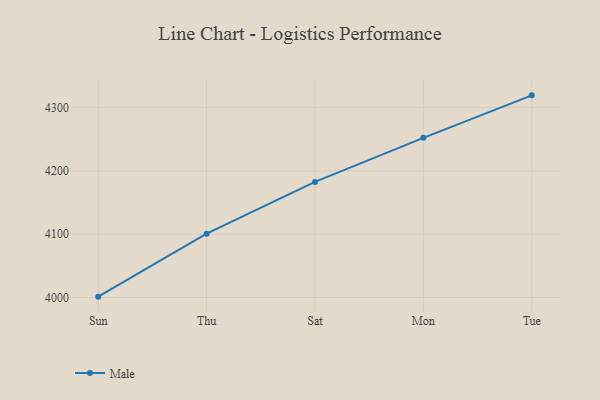
{"axis": {"x": "Day", "y": "Temperature (°C)"}, "legend": ["Male"], "data": [{"x": "Sun", "y": 4001.3, "type": "Male"}, {"x": "Thu", "y": 4100.8, "type": "Male"}, {"x": "Sat", "y": 4182.6, "type": "Male"}, {"x": "Mon", "y": 4252.3, "type": "Male"}, {"x": "Tue", "y": 4319.4, "type": "Male"}]}